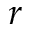
r